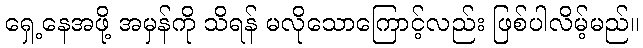
ရှေ့နေအဖို့ အမှန်ကို သိရန် မလိုသောကြောင့်လည်း ဖြစ်ပါလိမ့်မည်။